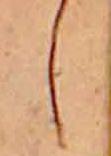
し